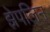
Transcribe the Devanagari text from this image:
झेपलिन